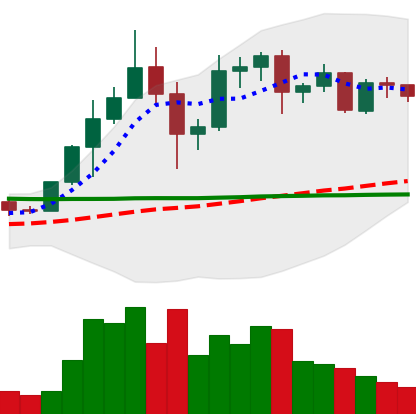
Ticker: ADA-USD
Chart end date: 2020-12-07
Forward return: -6.274%
Label: down_5_7